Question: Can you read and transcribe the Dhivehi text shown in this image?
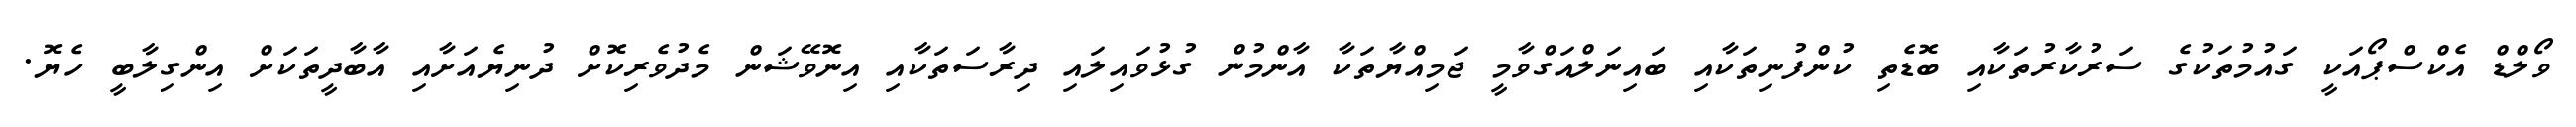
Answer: ވޯލްޑް އެކްސްޕޯއަކީ ގައުމުތަކުގެ ސަރުކާރުތަކާއި ބޮޑެތި ކުންފުނިތަކާއި ބައިނަލްއަގްވާމީ ޖަމިއްޔާތަކާ އާންމުން ގުޅުވައިލައި ދިރާސަތަކާއި އިނޮވޭޝަން މެދުވެރިކޮށް ދުނިޔެއަށާއި އާބާދީތަކަށް އިންގިލާބީ ހެޔޮ.